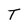
Character: T